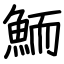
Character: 鮞